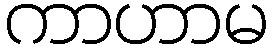
ကာဟာမ